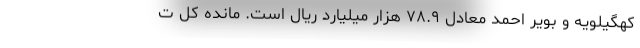
کهگیلویه و بویر احمد معادل ۷۸.۹ هزار میلیارد ریال است. مانده کل ت